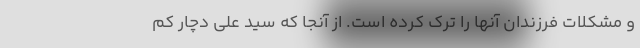
و مشکلات فرزندان آنها را ترک کرده است. از آنجا که سید علی دچار کم